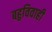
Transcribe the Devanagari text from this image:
बहुविवाही